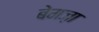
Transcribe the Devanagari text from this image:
बेमज़ा